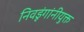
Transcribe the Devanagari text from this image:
निवडूंगांनीयुक्त